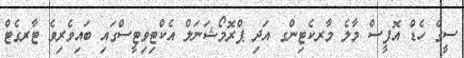
ސީގެ ހެޑް އޮފީސް މާލެ މާރކެޓިންގ އަދި ޕްރޮމޯޝަނަލް އެކްޓިވިޓީސްގައި ބައިވެރިވެ ޓާރގެޓް